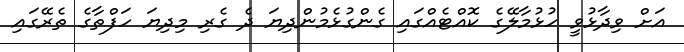
އަށް ވިދާޅުވީ ހުޅުމާލޭގެ ކޮއްޓެއްގައި ގެންގުޅެމުންދިޔަ ދެ ގެރި މިދިޔަ ހަފްތާގެ ތެރޭގައި